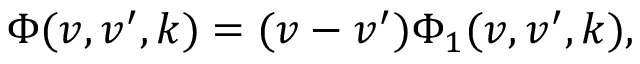
\begin{array} { r } { \Phi ( v , v ^ { \prime } , k ) = ( v - v ^ { \prime } ) \Phi _ { 1 } ( v , v ^ { \prime } , k ) , } \end{array}